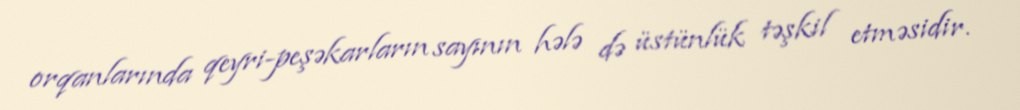
orqanlarında qeyri-peşəkarların sayının hələ də üstünlük təşkil etməsidir.